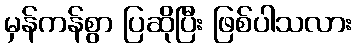
မှန်ကန်စွာ ပြဆိုပြီး ဖြစ်ပါသလား